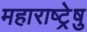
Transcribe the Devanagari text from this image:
महाराष्ट्रेषु